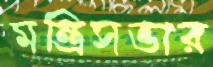
মন্ত্রিসভার